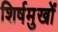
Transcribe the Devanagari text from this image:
शिर्षमुखों